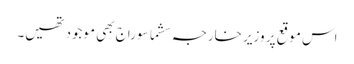
اس موقع پر وزیر خارجہ سشما سوراج بھی موجود تھیں۔